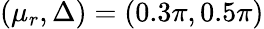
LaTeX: (\mu_{r},\Delta)=(0.3\pi,0.5\pi)